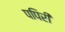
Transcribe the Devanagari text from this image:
पपिरी